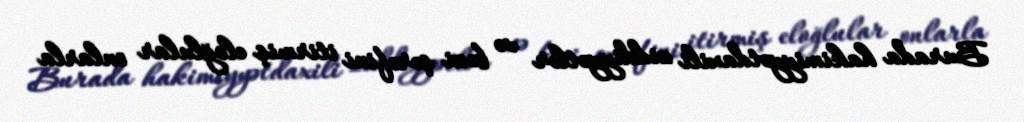
Burada hakimiyyətdaxili ziddiyyətlər və bəzi şərəfini itirmiş eloğlular onlarla